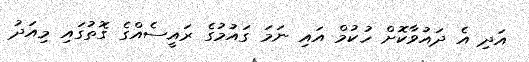
އަދި އެ ދައުވާކޮށް ހުކުމް އައި ނަމަ ގައުމުގެ ރައީސެއްގެ ގޮތުގައި މިއަދު